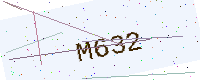
Text: M632